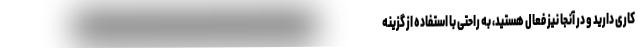
کاری دارید و در آنجا نیز فعال هستید، به راحتی با استفاده از گزینه